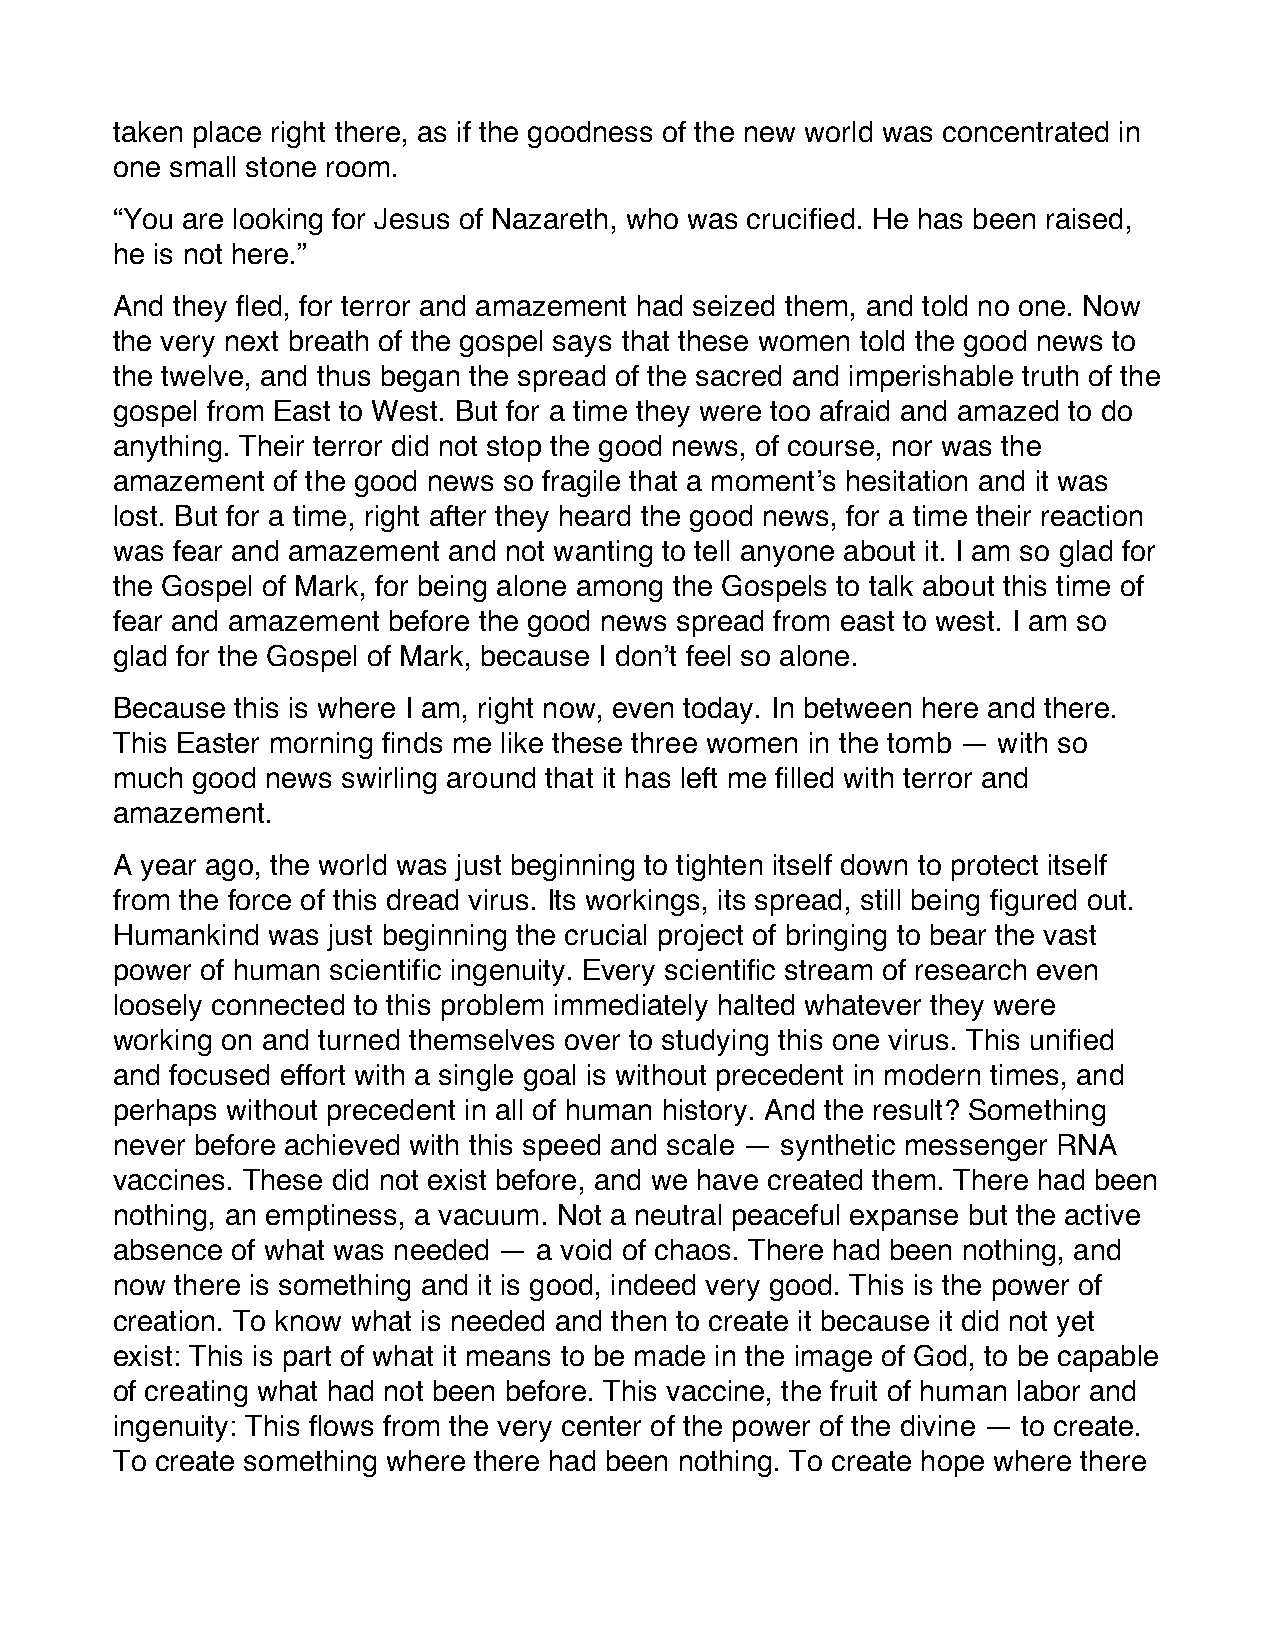
taken place right there, as if the goodness of the new world was concentrated in
 one small stone room.
 “You are looking for Jesus of Nazareth, who was crucified. He has been raised,
 he is not here.”
 And they fled, for terror and amazement had seized them, and told no one. Now
 the very next breath of the gospel says that these women told the good news to
 the twelve, and thus began the spread of the sacred and imperishable truth of the
 gospel from East to West. But for a time they were too afraid and amazed to do
 anything. Their terror did not stop the good news, of course, nor was the
 amazement  of the good news so fragile that a moment’s hesitation and it was
 lost. But for a time, right after they heard the good news, for a time their reaction
 was fear and amazement and not wanting to tell anyone about it. I am so glad for
 the Gospel of Mark, for being alone among the Gospels to talk about this time of
 fear and amazement before the good news spread from east to west. I am so
 glad for the Gospel of Mark, because I don’t feel so alone.
 Because  this is where I am, right now, even today. In between here and there.
 This Easter morning finds me like these three women in the tomb — with so
 much  good news swirling around that it has left me filled with terror and
 amazement.
 A year ago, the world was just beginning to tighten itself down to protect itself
 from the force of this dread virus. Its workings, its spread, still being figured out.
 Humankind  was just beginning the crucial project of bringing to bear the vast
 power of human scientific ingenuity. Every scientific stream of research even
 loosely connected to this problem immediately halted whatever they were
 working on and turned themselves over to studying this one virus. This unified
 and focused effort with a single goal is without precedent in modern times, and
 perhaps without precedent in all of human history. And the result? Something
 never before achieved with this speed and scale — synthetic messenger RNA
 vaccines. These did not exist before, and we have created them. There had been
 nothing, an emptiness, a vacuum. Not a neutral peaceful expanse but the active
 absence of what was needed — a void of chaos. There had been nothing, and
 now  there is something and it is good, indeed very good. This is the power of
 creation. To know what is needed and then to create it because it did not yet
 exist: This is part of what it means to be made in the image of God, to be capable
 of creating what had not been before. This vaccine, the fruit of human labor and
 ingenuity: This flows from the very center of the power of the divine — to create.
 To create something where there had been nothing. To create hope where there